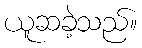
ယူဆခဲ့သည်။